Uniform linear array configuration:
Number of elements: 48
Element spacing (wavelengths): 0.75
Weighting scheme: kaiser
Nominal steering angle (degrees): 0
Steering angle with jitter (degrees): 1.56
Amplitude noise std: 0.05
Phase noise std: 0.05

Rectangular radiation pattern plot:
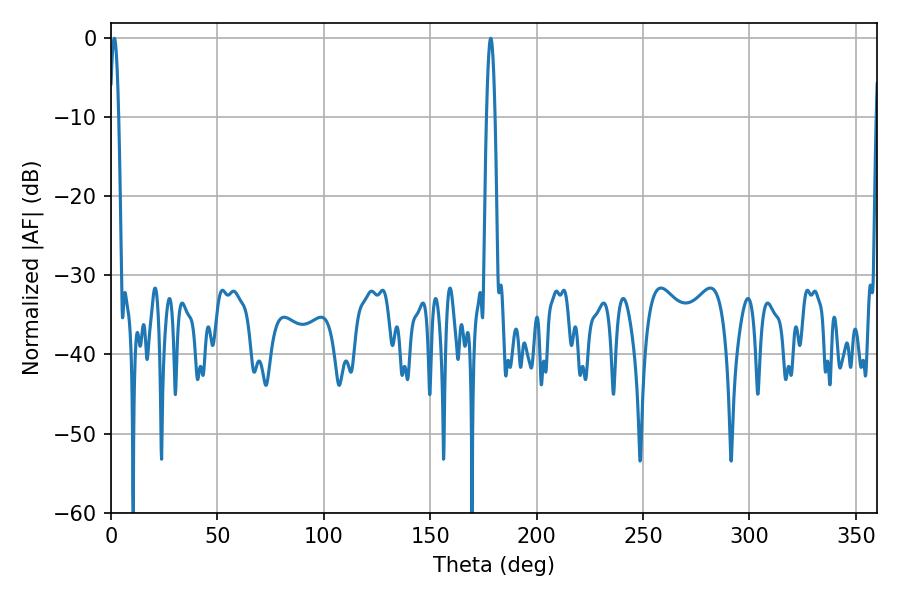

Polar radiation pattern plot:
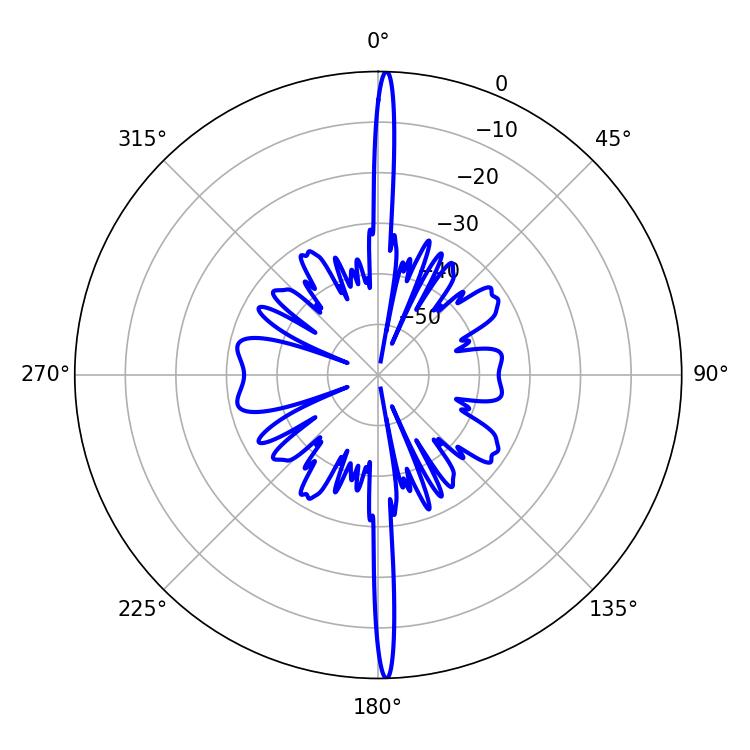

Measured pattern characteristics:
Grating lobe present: TRUE
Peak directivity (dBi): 29.626
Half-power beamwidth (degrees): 2.16
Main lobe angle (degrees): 1.62